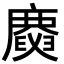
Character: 𢋪